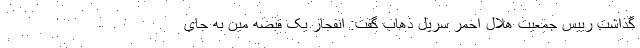
گذاشت رییس جمعیت هلال احمر سرپل ذهاب گفت: انفجار یک قبضه مین به جای